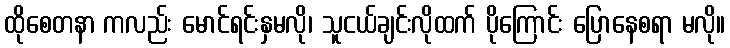
ထိုစေတနာ ကလည်း မောင်ရင်းနှမလို၊ သူငယ်ချင်းလိုထက် ပိုကြောင်း ပြောနေစရာ မလို။